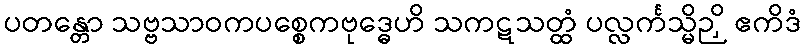
ပတန္တော သဗ္ဗသာဝကပစ္စေကဗုဒ္ဓေဟိ သကဋသတ္ထံ ပလ္လင်္ကသ္မိဉှိ ဧကိဒံ